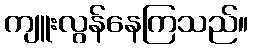
ကျူးလွန်နေကြသည်။